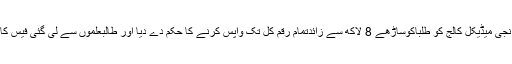
چیف جسٹس پاکستان نے نجی میڈیکل کالج کو طلباکوساڑھے 8 لاکھ سے زائدتمام رقم کل تک واپس کرنے کا حکم دے دیا اور طالبعلموں سے لی گئی فیس کا ریکارڈ بھی طلب کر لیا۔